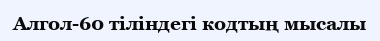
Алгол-60 тіліндегі кодтың мысалы